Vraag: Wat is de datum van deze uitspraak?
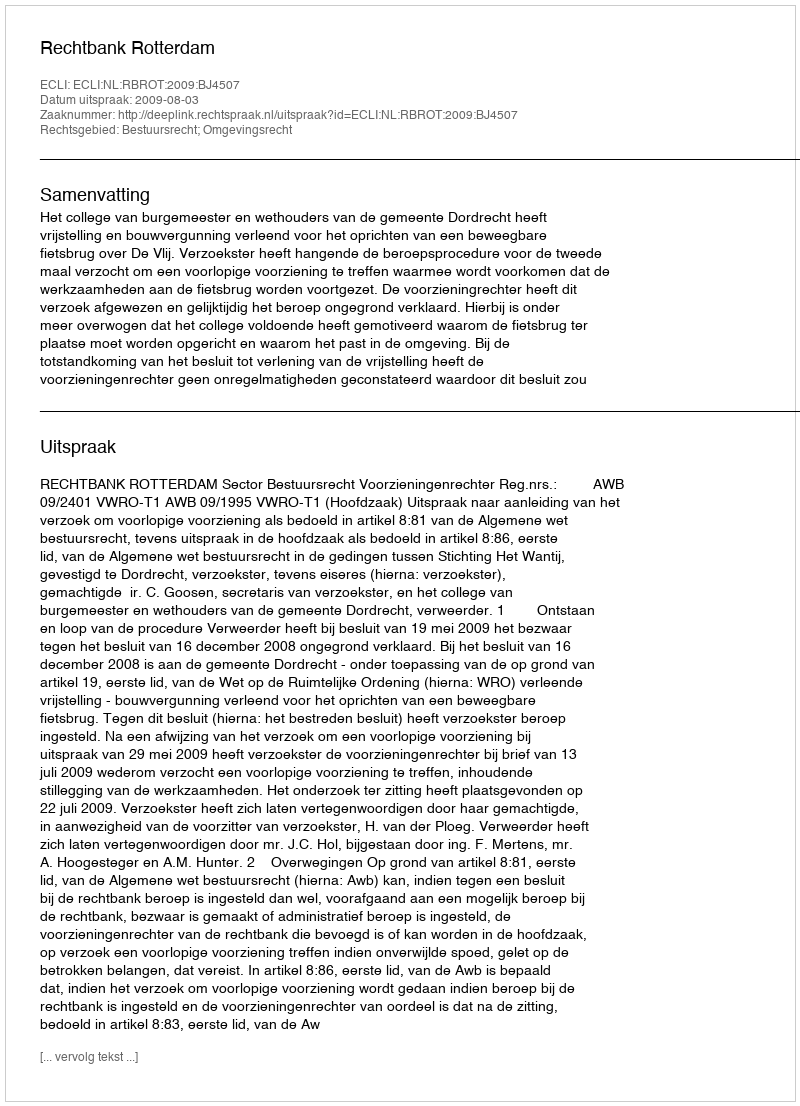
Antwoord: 2009-08-03